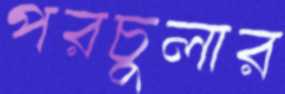
পরচুলার